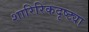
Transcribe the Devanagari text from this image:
शारिरिकदृष्ट्या